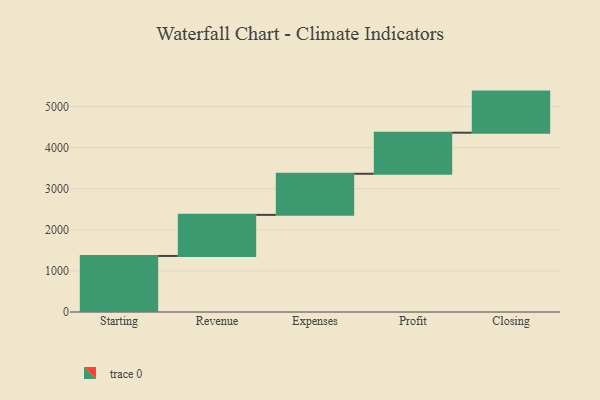
{"axis": {"x": "Step", "y": "Value"}, "legend": [""], "data": [{"x": "Starting", "y": 1364.0, "type": ""}, {"x": "Revenue", "y": 1000, "type": ""}, {"x": "Expenses", "y": 1000, "type": ""}, {"x": "Profit", "y": 1000, "type": ""}, {"x": "Closing", "y": 1000, "type": ""}]}